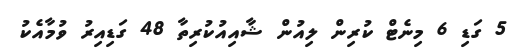
5 ގަޑި 6 މިނެޓް ކުރިން ލިއުން ޝާއިއުކުރިތާ 48 ގަޑިއިރު ވުމާއެކު